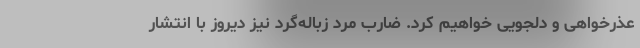
عذرخواهی و دلجویی خواهیم کرد. ضارب مرد زباله‌گرد نیز دیروز با انتشار